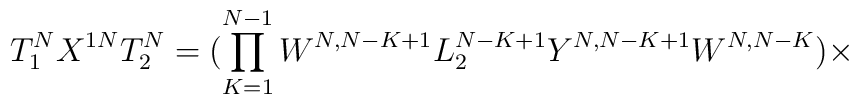
T^{N}_1X^{1N}T^{N}_2 = (\prod_{K=1}^{N-1} W^{N,N-K+1}L^{N-K+1}_2Y^{N,N-K+1}W^{N,N-K})\times